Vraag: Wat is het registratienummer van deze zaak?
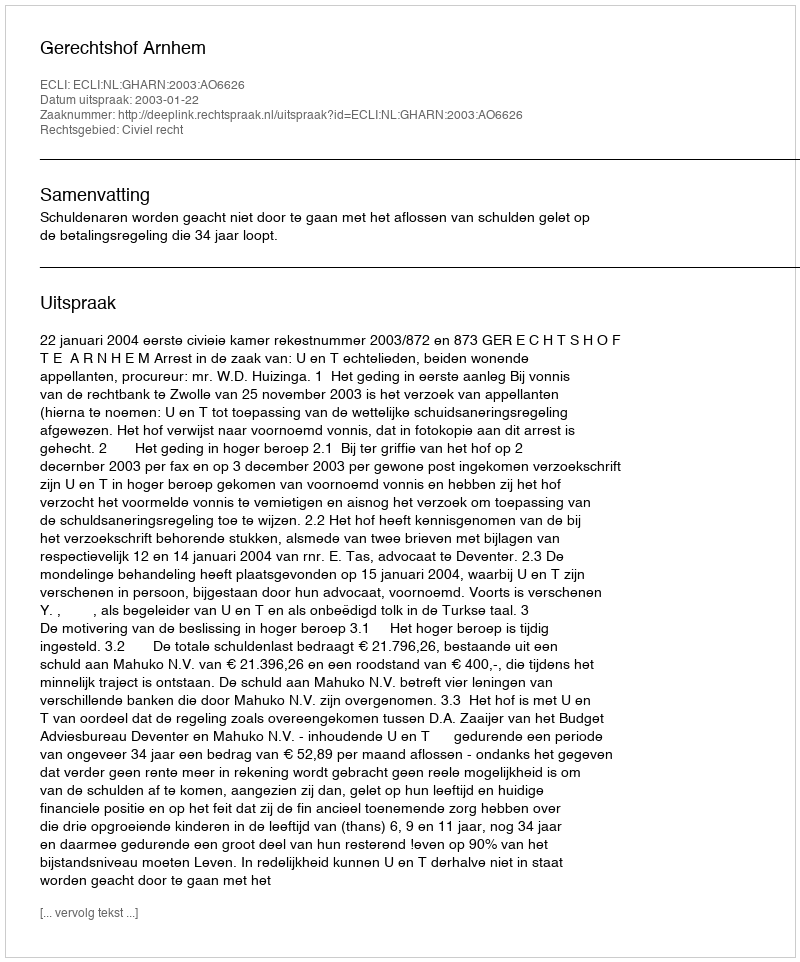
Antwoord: http://deeplink.rechtspraak.nl/uitspraak?id=ECLI:NL:GHARN:2003:AO6626